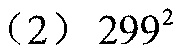
(2) \(299^{2}\)